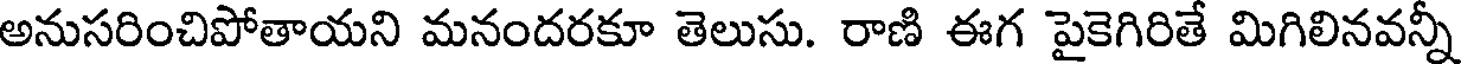
అనుసరించిపోతాయని మనందరకూ తెలుసు. రాణి ఈగ పైకెగిరితే మిగిలినవన్నీ